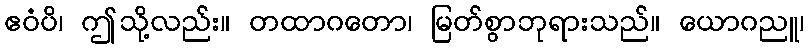
ဧဝံပိ၊ ဤသို့လည်း။ တထာဂတော၊ မြတ်စွာဘုရားသည်။ ယောဂညူ၊